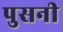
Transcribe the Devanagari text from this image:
पुसनी